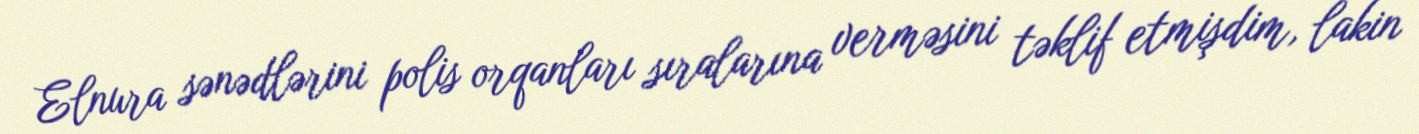
Elnura sənədlərini polis orqanları sıralarına verməsini təklif etmişdim, lakin